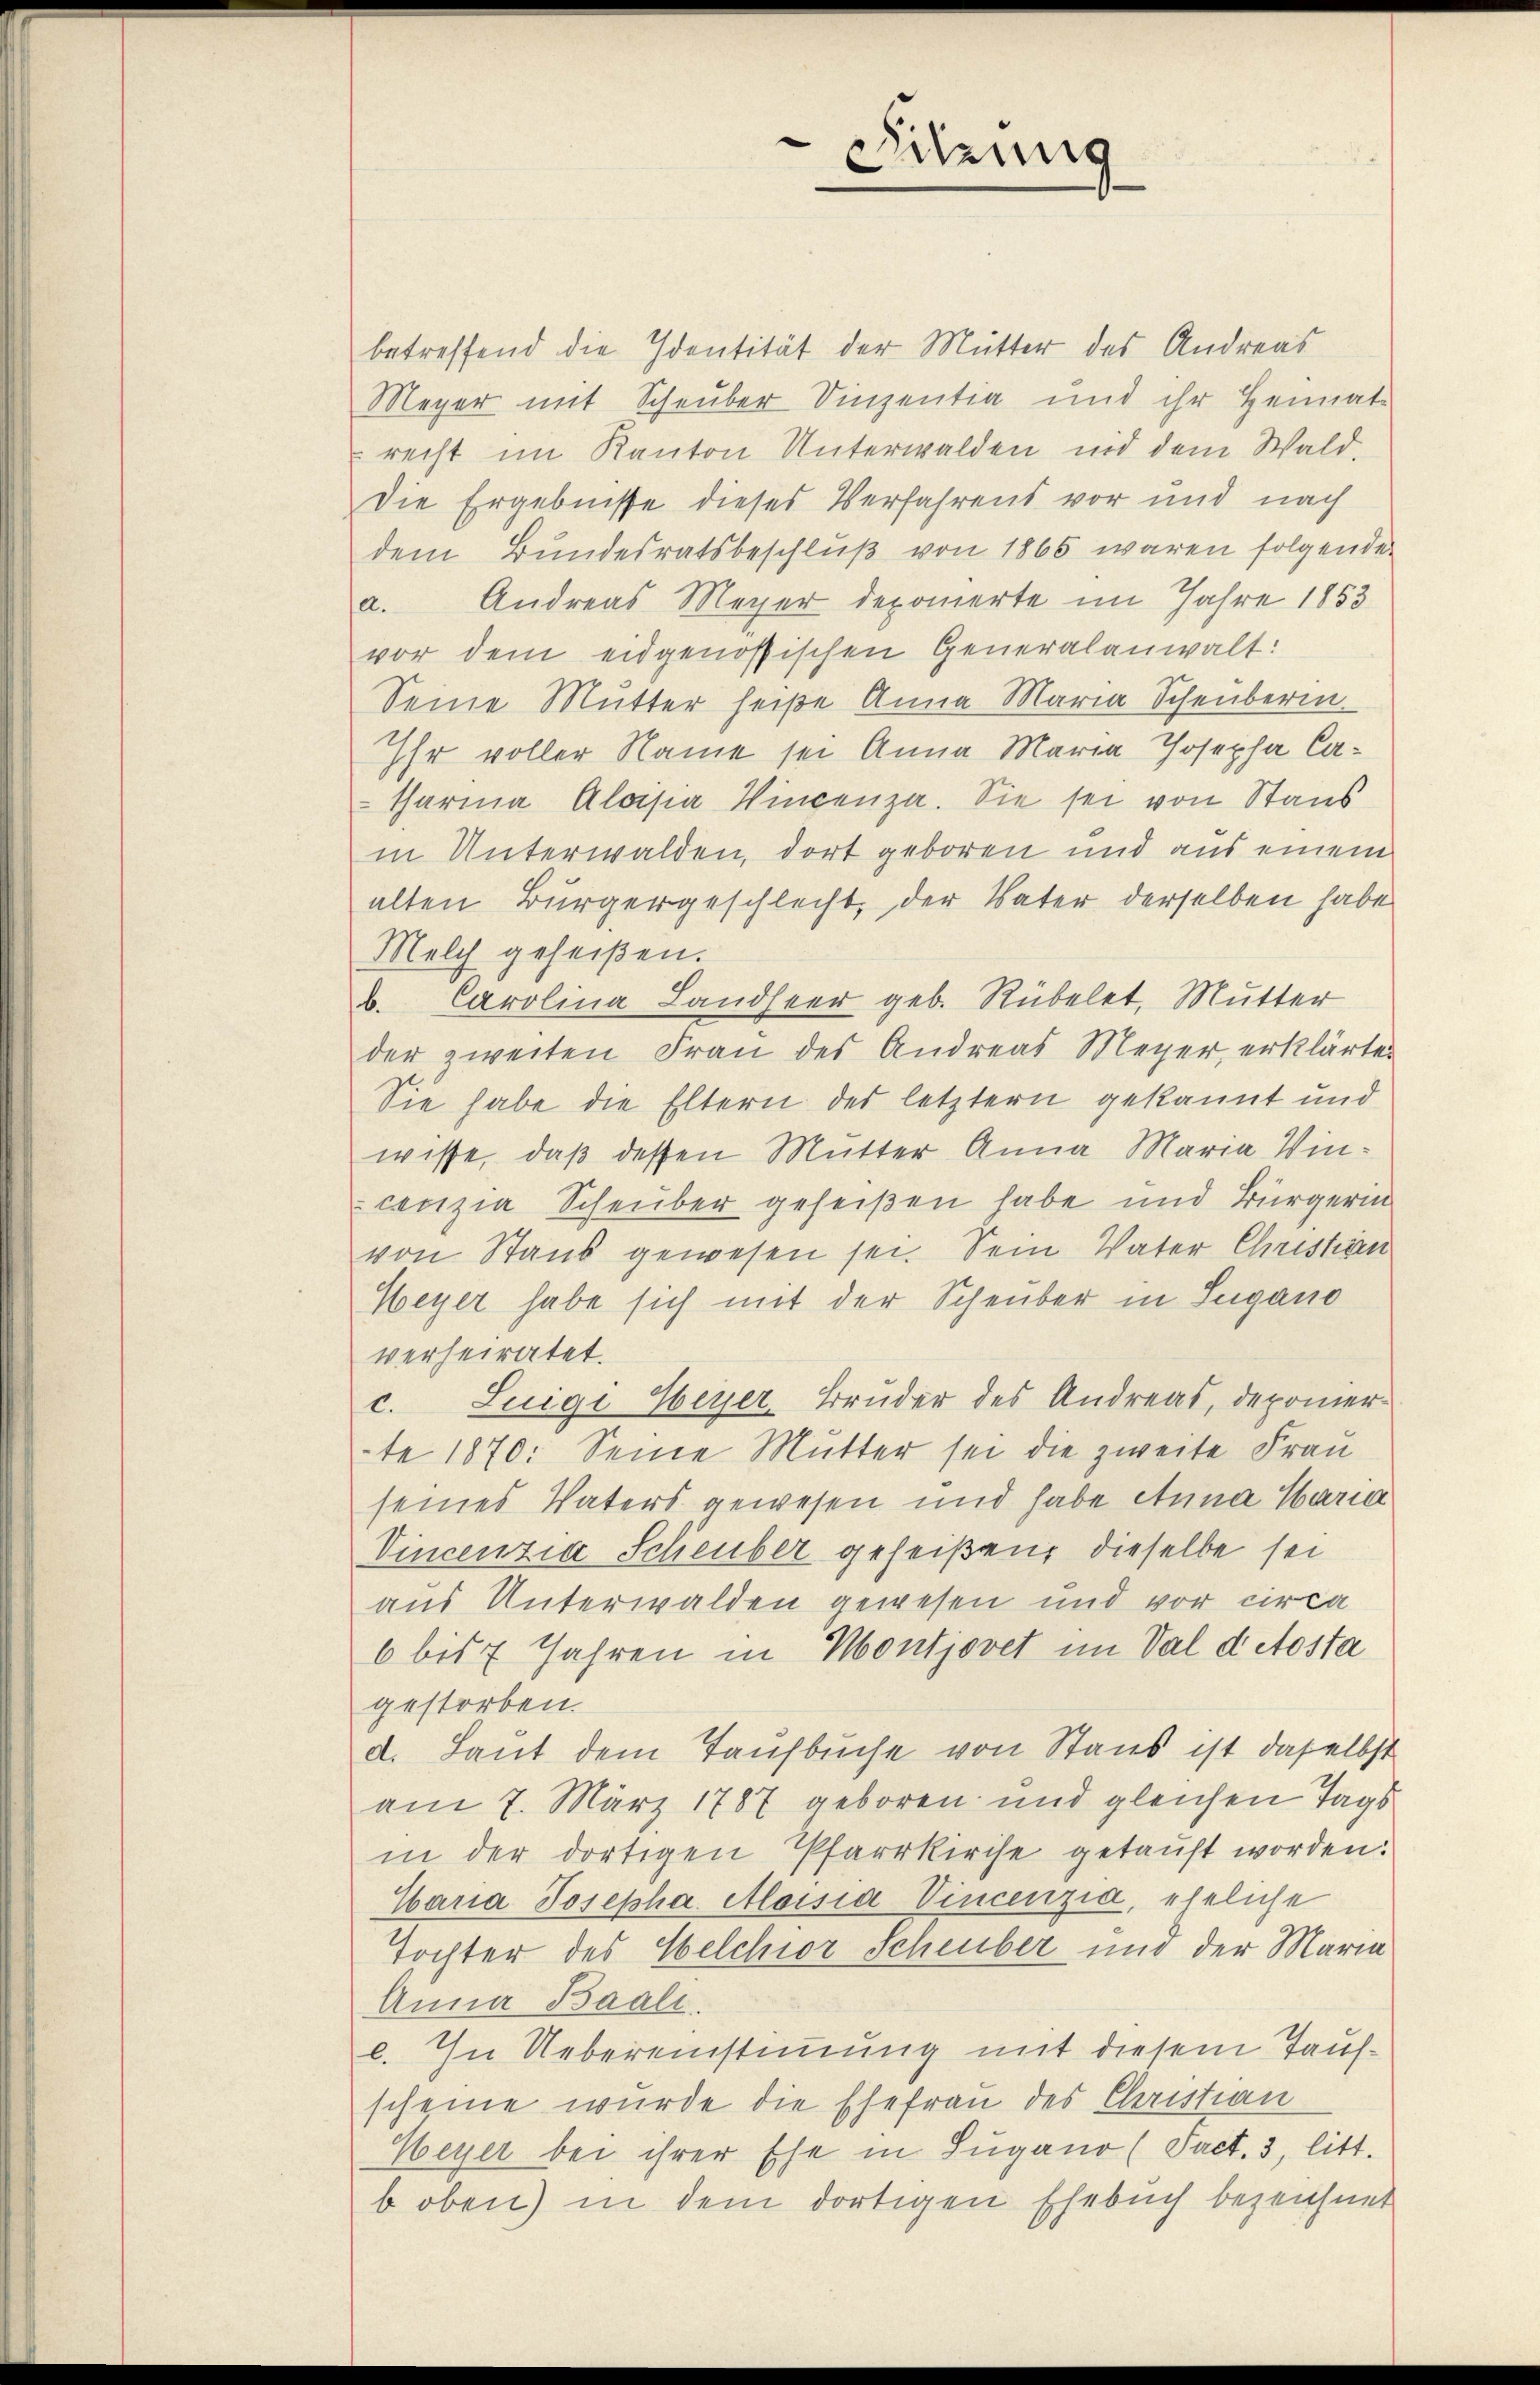
Sitzung
e

betreffend die Identität der Mutter des Andreas
Meyer mit Scheuber Vinzentia und ihr Heimat-
recht im Kanton Unterwalden und dem Wald,
Die Ergebnisse dieses Verfahrens vor und nach
dem Bundesratsbeschluß von 1865 waren folgenden
a. Andreas Meyer deponierte im Jahre 1853
vor dem eidgenössischen Generalanwalt:
Seine Mutter heiße Anna Maria Scheuberin
Ihr voller Name sei Anna Maria Josepha Catharina Alapa Vincenza. Sie sei von Staus
in Unterwalden, dort geboren und aus einem
alten Bürgergeschlecht, der Vater derselben habe
Melch geheißen.
b. Carolina Landseer geb. Rübelet, Mutter
der zweiten Frau des Andreas Meyer, erklärten
Sie habe die Eltern des letztern gekannt und
wisse, daß dessen Mutter Anna Maria Wincenzia Scheuber geheißen habe und Bürgerin
von Staub gewesen sei. Sein Vater Christian
Weyer habe sich mit der Scheuber in Lugano
verheiratet.
c. Luigi Meyer-Bruder des Andreas, deponier
te 1870: Seine Mutter sei die zweite Frau
seines Vaters gewesen und habe Anna Maria
Vincenzia Scheuber geheißen, dieselbe sei
aus Unterwalden gewesen und vor circa
6 bis 7 Jahren in Montjovet im Val detosta
gestorben.
d. Laut dem Taufbuche von Staus ist daselbst
am 7. März 1787 geboren und gleichen Tags
in der dortigen Pfarrkirche getauft worden:
Waria Josepha Aloisia Vincenzia, eheliche
Tochter des Welchior Scheuber und der Maria
Anna Baali.
l. In Uebereinstimmung mit diesem Taufscheine wurde die Ehefrau des Christian
Meyer bei ihrer Ehe in Lugano (Fact. 3, litt.
b oben) in dem dortigen Ehebuch bezeichnet